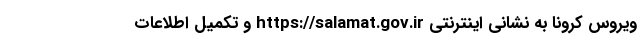
ویروس کرونا به نشانی اینترنتی https://salamat.gov.ir و تکمیل اطلاعات